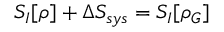
S _ { I } [ \rho ] + \Delta S _ { s y s } = S _ { I } [ \rho _ { G } ]